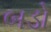
બડો